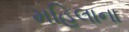
મહિલાના